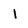
Character: 1